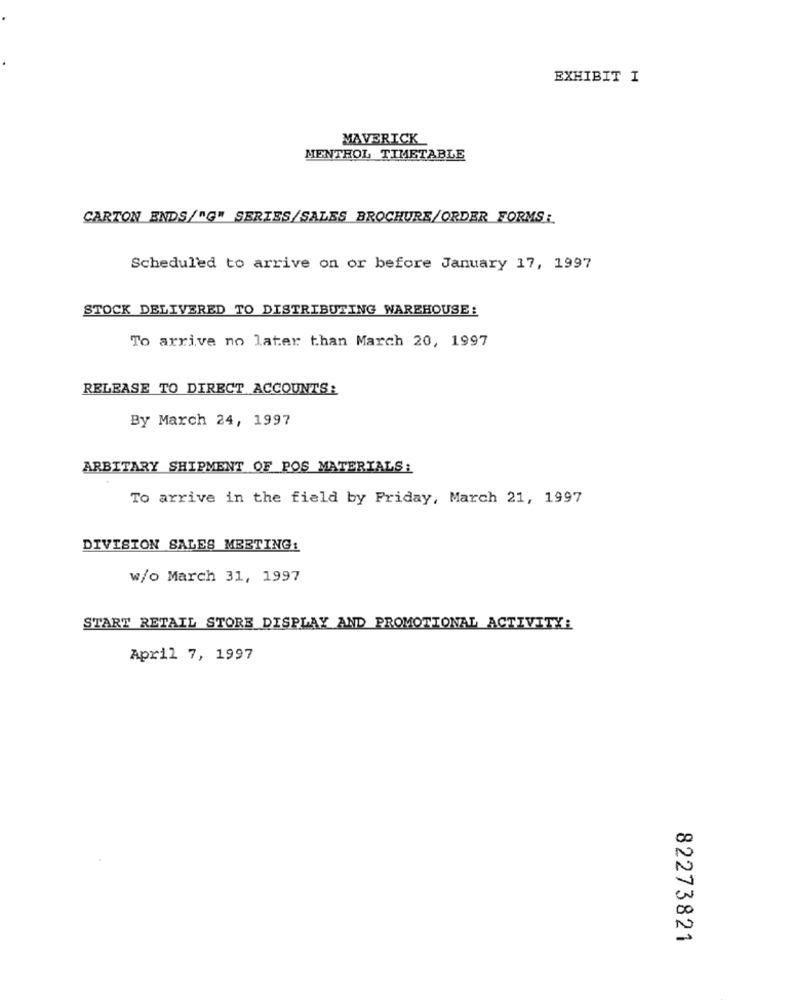
EXHIBIT I
MAVERICK
MENTHOL TIMETABLE
CARTON ENDS/"G" SERIES/SALES BROCHURE/ORDER FORMS :
Scheduled to arrive on or before January 17, 1997
STOCK DELIVERED TO DISTRIBUTING WAREHOUSE:
To arrive no later than March 20, 1997
RELEASE TO DIRECT ACCOUNTS:
By March 24, 1997
ARBITARY SHIPMENT OF POS MATERIALS:
To arrive in the field by Friday, March 21, 1997
DIVISION SALES MEETING:
w/o March 31, 1997
START RETAIL STORE DISPLAY AND PROMOTIONAL ACTIVITY:
April 7, 1997
CO
DO
82273821